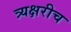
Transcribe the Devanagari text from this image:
त्र्यक्षरीच